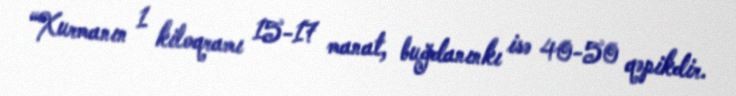
“Xurmanın 1 kiloqramı 15-17 manat, buğdanınkı isə 40-50 qəpikdir.